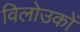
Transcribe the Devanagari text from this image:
विलोउकों